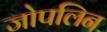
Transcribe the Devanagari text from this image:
जोपलिन